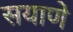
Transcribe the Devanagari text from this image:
सयाणे